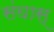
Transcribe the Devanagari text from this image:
संघास्